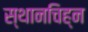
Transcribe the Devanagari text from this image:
स्थानचिह्न